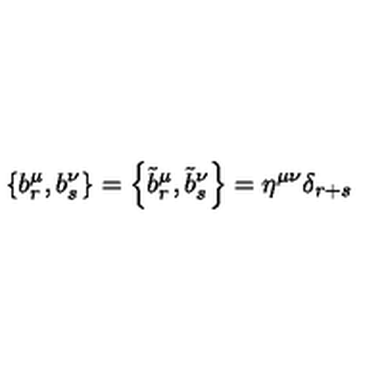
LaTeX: \left\{ b _ { r } ^ { \mu } , b _ { s } ^ { \nu } \right\} = \left\{ \tilde { b } _ { r } ^ { \mu } , \tilde { b } _ { s } ^ { \nu } \right\} = \eta ^ { \mu \nu } \delta _ { r + s }